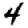
Digit: 4